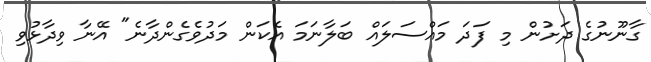
ގާނޫނުގެ ދަށުން މި ފަދަ މައްސަލައް ބަލާނަމަ އެކަން މަދުވެގެންދާނެ" އޭނާ ވިދާޅުވި